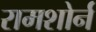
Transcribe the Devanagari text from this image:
रामशोर्न